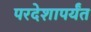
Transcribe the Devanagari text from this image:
परदेशापर्यंत